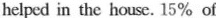
helped in the house.15% of